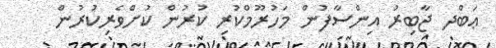
ޢަބްދ ޖާބިރު އިންސާފުން މަހުރޫމްކުރި ކުރުން ކުށްވެރިކުރުން